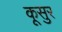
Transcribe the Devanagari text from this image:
कूसुर